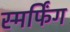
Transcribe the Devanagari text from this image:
स्मर्फिंग